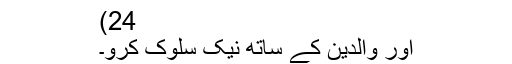
24)
اور والدین کے ساتھ نیک سلوک کرو۔